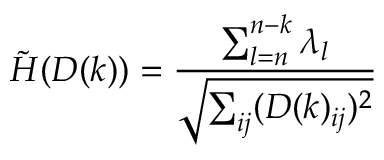
\tilde { H } ( D ( k ) ) = \frac { \sum _ { l = n } ^ { n - k } \lambda _ { l } } { \sqrt { \sum _ { i j } ( D ( k ) _ { i j } ) ^ { 2 } } }